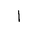
Letter: _alif